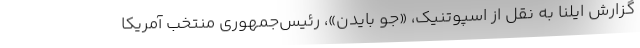
گزارش ایلنا به نقل از اسپوتنیک، «جو بایدن»، رئیس‌جمهوری منتخب آمریکا